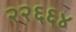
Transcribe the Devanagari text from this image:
२२६६४